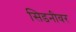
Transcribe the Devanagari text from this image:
सिडनीवर